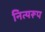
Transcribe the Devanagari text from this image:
नित्यरूप